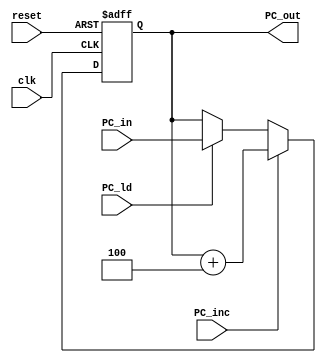
`timescale 1ns / 1ps
/****************************** C E C S  4 4 0 ******************************
 *
 * Project:    CECS 440 Senior Project Design
 * Designer:   Joseph Almeida
 * Rev. No.:   Version 1.0
 * Rev. Date:  October 9, 2018
 *
 * Purpose:    has an increment control signal that will
 *             cause a PC <- PC+4 operation to take place whenever we want to
 *             read the next instruction.
 *
 * Notes:      All write operations to the PC are synchronous.
 *
 ****************************************************************************/
module PC(
    input clk,
    input reset,
    input [31:0] PC_in,
    input PC_ld,
    input PC_inc,
    output reg [31:0] PC_out
    );

	always@(posedge clk, posedge reset)
	begin
		if(reset) PC_out <= 0;
		else if (PC_inc) PC_out <= PC_out + 32'h4;
		else if (PC_ld)  PC_out <= PC_in;
		else				  PC_out <= PC_out;

	end

endmodule